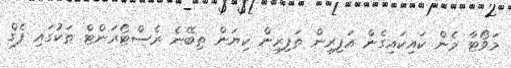
މަވޯޓާ މެން ކައިކައިގެން އަފިރިން ތަފިރިން ކިޔަން ތިބޭނެ ރެސްޓޯރަންޓް ތަކުގައި ފެގް